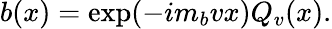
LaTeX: b(x)=\exp(-im_{b}vx)Q_{v}(x).